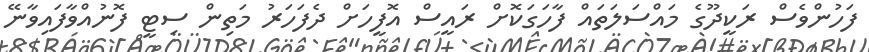
ފަހުންވެސް ރަކީދޫގެ މައްސަލަތައް ފާހަގަކޮށް ރައީސް އޮފީހަށް ދެފަހަރު މަތިން ސިޓީ ފޮނުއްވާފައިވާނޭ